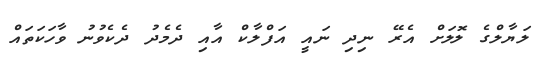
ލަޔާލްގެ ލޮލަށް އެރޭ ނިދި ނައީ އަފްލާކް އާއި ދެމެދު ދެކެވުނު ވާހަކަތައް